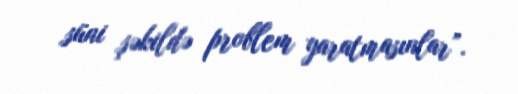
süni şəkildə problem yaratmasınlar”.